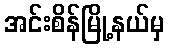
အင်းစိန်မြို့နယ်မှ